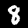
Digit: 8